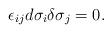
LaTeX: \begin{align*}\epsilon_{ij}d\sigma_i\delta\sigma_j=0.\end{align*}